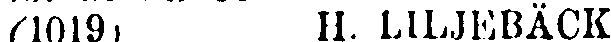
(1019) H. LILJEBÄCK